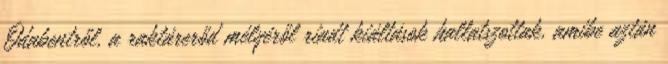
Odabentről, a raktárerőd mélyéről riadt kiáltások hallatszottak, amibe aztán